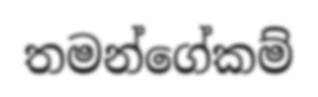
තමන්ගේකම්